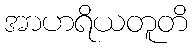
အာဟရိယတူတိ